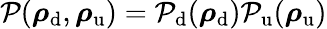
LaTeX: \mathcal{P}(\boldsymbol{\mathbf{\rho}}_{\mathrm{d}},\boldsymbol{\mathbf{\rho}}_{\mathrm{u}})=\mathcal{P}_{\mathrm{d}}(\boldsymbol{\mathbf{\rho}}_{\mathrm{d}})\mathcal{P}_{\mathrm{u}}(\boldsymbol{\mathbf{\rho}}_{\mathrm{u}})